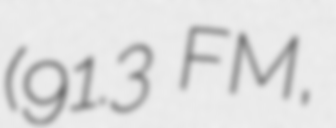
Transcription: (91.3 FM,